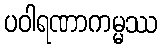
ပဝါရဏာကမ္မဿ